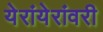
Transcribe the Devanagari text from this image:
येरांयेरांवरी